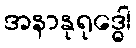
အနာနုရုဒ္ဓေါ